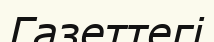
Газеттегі